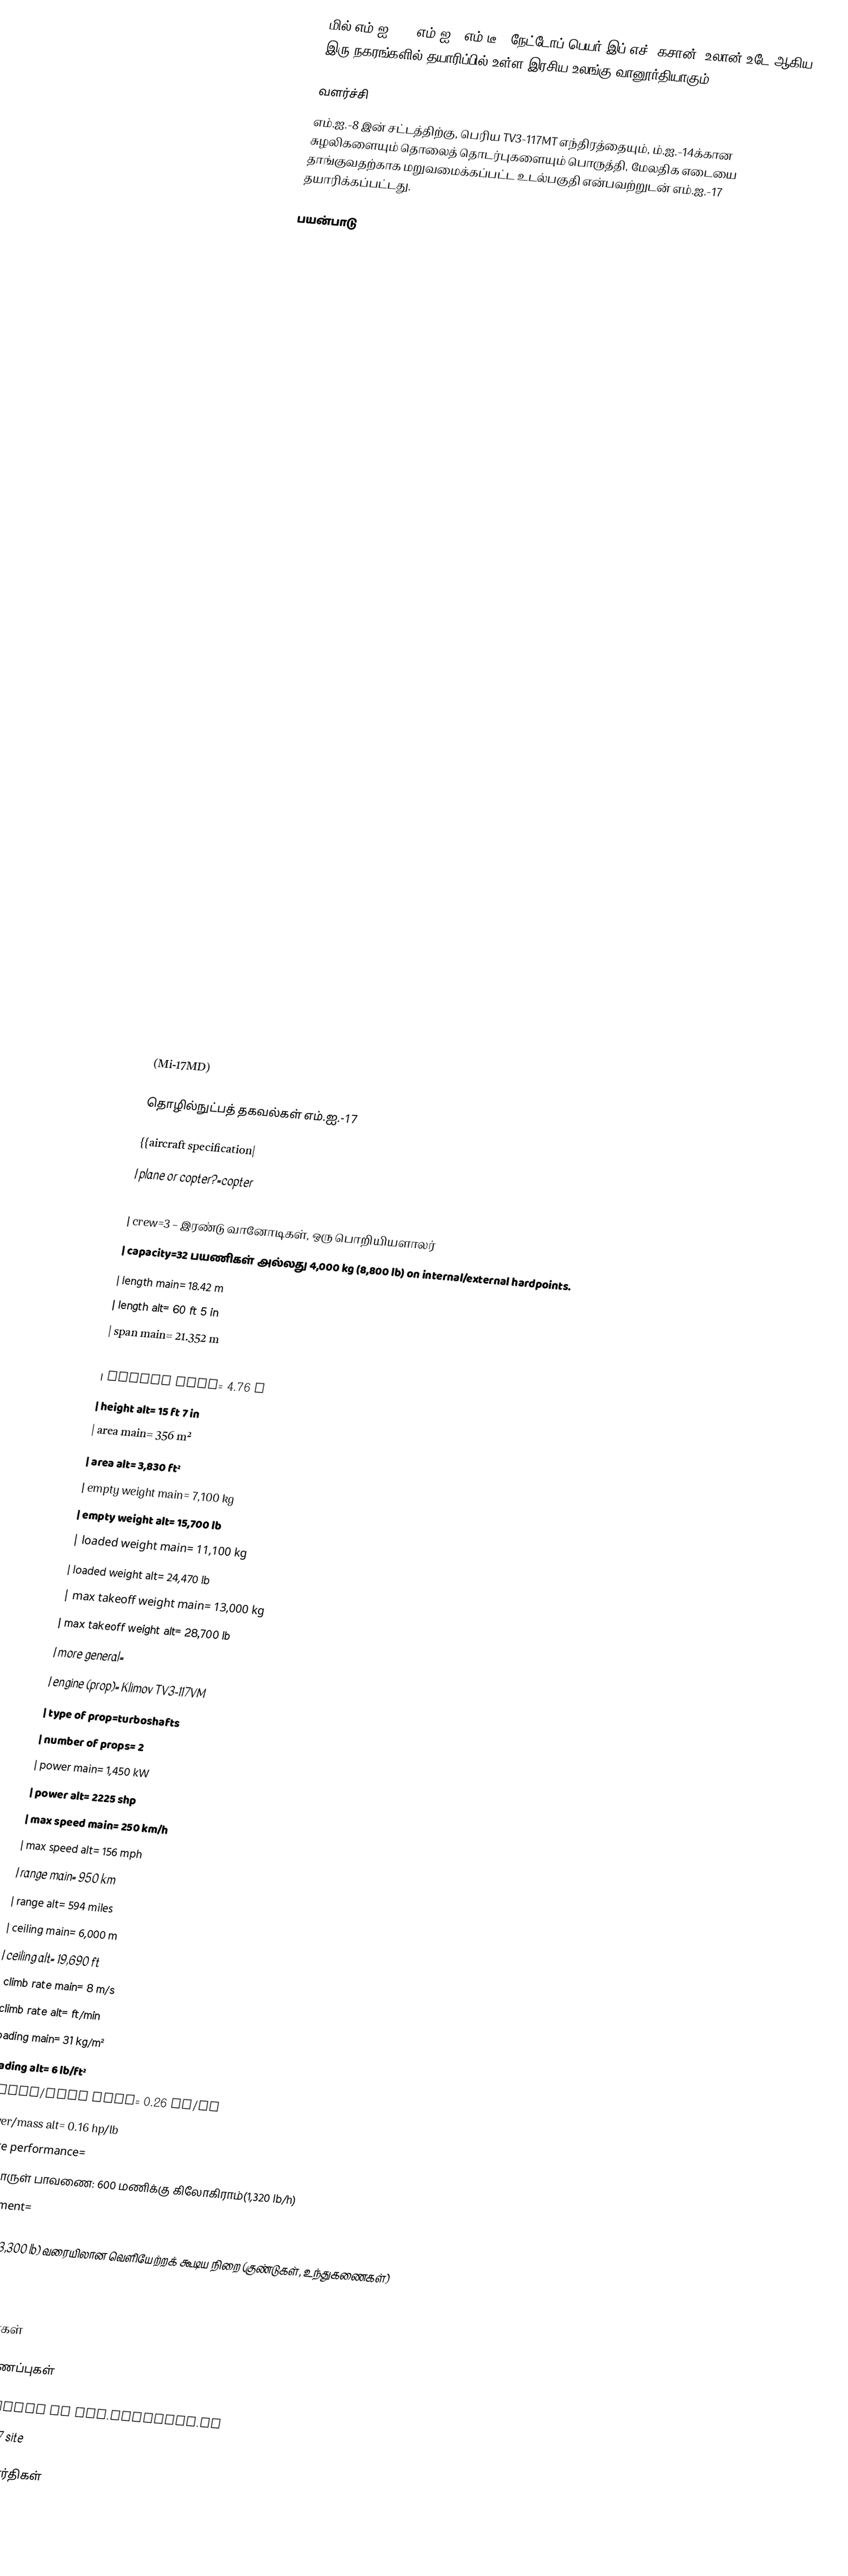
மில் எம்.ஐ.-17 (எம்.ஐ.-8எம்.டீ., நேட்டோப் பெயர் இப்-எச்) கசான், உலான்-உடே ஆகிய இரு நகரங்களில் தயாரிப்பில் உள்ள இரசிய உலங்கு வானூர்தியாகும்.

வளர்ச்சி
எம்.ஐ.-8 இன் சட்டத்திற்கு, பெரிய TV3-117MT எந்திரத்தையும், ம்.ஐ.-14க்கான சுழலிகளையும் தொலைத் தொடர்புகளையும் பொருத்தி, மேலதிக எடையை தாங்குவதற்காக மறுவமைக்கப்பட்ட உடல்பகுதி என்பவற்றுடன் எம்.ஐ.-17 தயாரிக்கப்பட்டது.

பயன்பாடு

  (Fire and Rescue version)

  (Mi-17MD)

தொழில்நுட்பத் தகவல்கள் எம்.ஐ.-17

{{aircraft specification|
| plane or copter?=copter
| jet or prop?=prop
| crew=3 – இரண்டு வானோடிகள், ஒரு பொறியியளாலர்
| capacity=32 பயணிகள் அல்லது 4,000 kg (8,800 lb) on internal/external hardpoints.
| length main= 18.42 m
| length alt= 60 ft 5 in
| span main= 21.352 m
| span alt= 69 ft 10 in
| height main= 4.76 m
| height alt= 15 ft 7 in
| area main= 356 m²
| area alt= 3,830 ft²
| empty weight main= 7,100 kg
| empty weight alt= 15,700 lb
| loaded weight main= 11,100 kg
| loaded weight alt= 24,470 lb
| max takeoff weight main= 13,000 kg
| max takeoff weight alt= 28,700 lb
| more general=
| engine (prop)= Klimov TV3-117VM
| type of prop=turboshafts
| number of props= 2
| power main= 1,450 kW
| power alt= 2225 shp
| max speed main= 250 km/h
| max speed alt= 156 mph
| range main= 950 km
| range alt= 594 miles
| ceiling main= 6,000 m
| ceiling alt= 19,690 ft
| climb rate main= 8 m/s
| climb rate alt= ft/min
| loading main= 31 kg/m²
| loading alt= 6 lb/ft²
| power/mass main= 0.26 kW/kg
| power/mass alt= 0.16 hp/lb
| more performance=
எரிபொருள் பாவணை: 600 மணிக்கு கிலோகிராம்(1,320 lb/h)
| armament=

 1,500 kg (3,300 lb) வரையிலான வெளியேற்றக் கூடிய நிறை (குண்டுகள், உந்துகணைகள்)

}}

மேற்கோள்கள்

வெளியிணைப்புகள்

 Mi-17 section at www.aviation.ru
 Venezuelan MI-17 site

உலங்குவானூர்திகள்